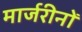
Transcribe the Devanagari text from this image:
मार्जरीनों